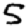
Digit: 5